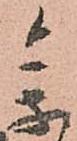
参